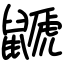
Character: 鼶